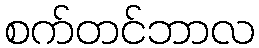
စက်တင်ဘာလ